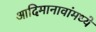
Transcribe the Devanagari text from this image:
आदिमानावांमध्ये